Problem: 8 × 8 = ?
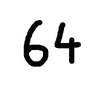
Handwritten answer: 64